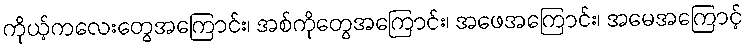
ကိုယ့်ကလေးတွေအကြောင်း၊ အစ်ကိုတွေအကြောင်း၊ အဖေအကြောင်း၊ အမေအကြောင့်